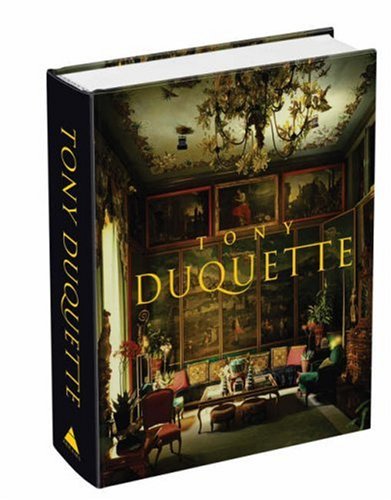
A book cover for Tony Duquette; Wendy Goodman; Arts & Photography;